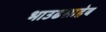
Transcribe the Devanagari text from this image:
भाउढसाहेब